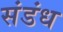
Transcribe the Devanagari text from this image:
संडंध